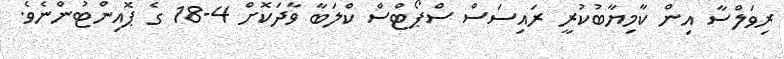
ރިވަލްސާ އިން ކާމިޔާބުކުރީ ރައިސަސް ސްޕޯޓްސް ކްލަބާ ވާދަކޮށް 4-18 ގެ ޕޮއިންޓުންނެވެ.